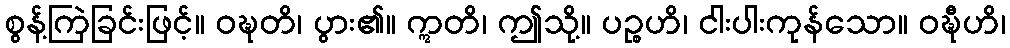
စွန့်ကြဲခြင်းဖြင့်။ ဝဍ္ဎတိ၊ ပွား၏။ ဣတိ၊ ဤသို့။ ပဉ္စဟိ၊ ငါးပါးကုန်သော။ ဝဍ္ဎီဟိ၊